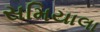
સમિયાલા